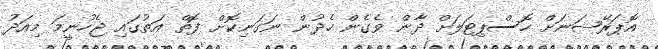
އޮޕަރޭޝަނަށް ހޮސްޕިޓަލަށް ދާން ވެގެން ހެދުން ނަގަނިކޮށް ފޮތް އަތުގައި ޖެހުނީމަ މިއަދު